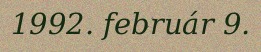
1992. február 9.